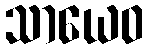
သာယေဝ